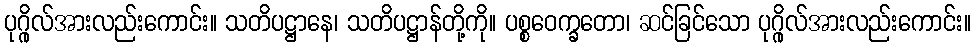
ပုဂ္ဂိုလ်အားလည်းကောင်း။ သတိပဋ္ဌာနေ၊ သတိပဋ္ဌာန်တို့ကို။ ပစ္စဝေက္ခတော၊ ဆင်ခြင်သော ပုဂ္ဂိုလ်အားလည်းကောင်း။